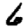
Digit: 6